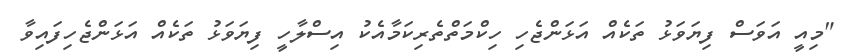
"މިއީ އަވަސް ފިޔަވަޅު ތަކެއް އަޅަންޖެހި ހިކްމަތްތެރިކަމާއެކު އިސްލާހީ ފިޔަވަޅު ތަކެއް އަޅަންޖެހިފައިވާ